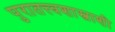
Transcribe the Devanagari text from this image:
पुरातत्त्वशास्त्राशी